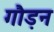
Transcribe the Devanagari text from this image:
गौड़न